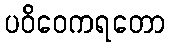
ပဝိဝေကရတော